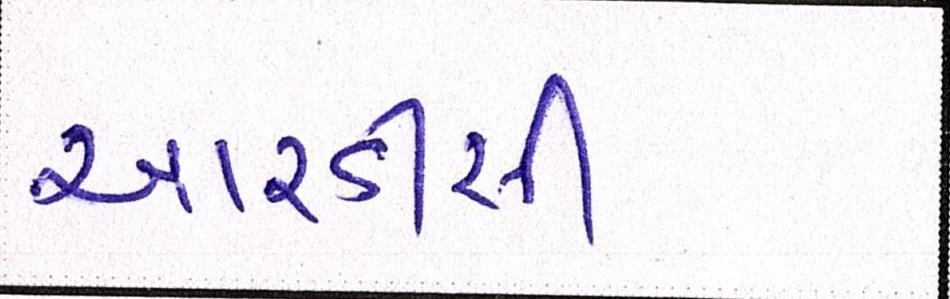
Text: આરડીસી